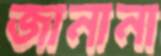
জানানা